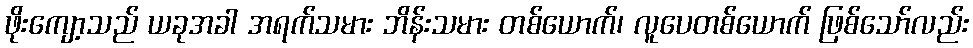
ဖိုးကျော့သည် ယခုအခါ အရက်သမား ဘိန်းသမား တစ်ယောက်၊ လူပေတစ်ယောက် ဖြစ်သော်လည်း